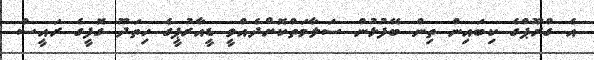
އެ ގްރޫޕްގެ ކިބައިން ތިން ބޭފުޅުން ސަލާމަތްކޮށްދެއްވީ ޑީއާރުޕީގެ ހިތަދޫ ގޮފީގެ ރައީސް